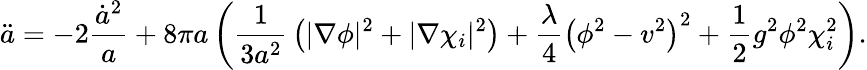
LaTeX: \ddot{a}=-2{\frac{\dot{a}^{2}}{a}}+8\pi a\left({\frac{1}{3a^{2}}}\left(\vert\nabla\phi\vert^{2}+\vert\nabla\chi_{i}\vert^{2}\right)+{\frac{\lambda}{4}}\left(\phi^{2}-v^{2}\right)^{2}+{\frac{1}{2}}g^{2}\phi^{2}\chi_{i}^{2}\right).